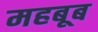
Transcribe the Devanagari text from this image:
महबूब